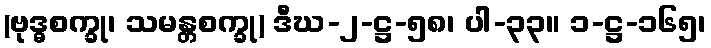
(ဗုဒ္ဓစက္ခု၊ သမန္တစက္ခု) ဒီဃ-၂-ဋ္ဌ-၅၈၊ ပါ-၃၃။ ၁-ဋ္ဌ-၁၆၅၊